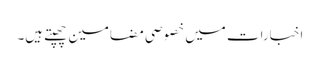
اخبارات میں خصوصی مضامین چھپتے ہیں۔